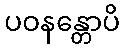
ပဝနန္တောပိ